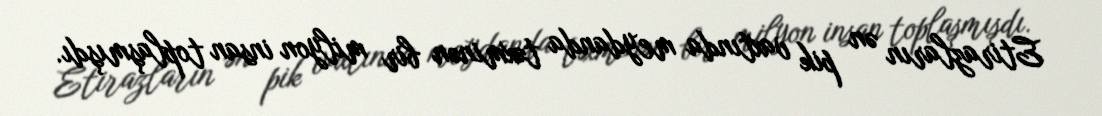
Etirazların ən pik vaxtında meydanda təxminən bir milyon insan toplaşmışdı.